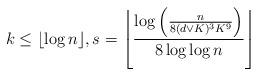
LaTeX: \begin{align*} k\leq \lfloor \log n\rfloor, s=\left\lfloor \frac{\log \left(\frac{n}{8(d\vee K)^3 K^9}\right)}{8\log\log n}\right\rfloor \end{align*}